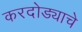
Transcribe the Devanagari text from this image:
करदोड्याचे